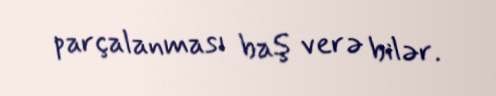
parçalanması baş verə bilər.